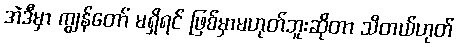
အဲဒီမှာ ကျွန်တော် မရှိရင် ဖြစ်မှာမဟုတ်ဘူးဆိုတာ သိတယ်ဟုတ်